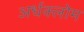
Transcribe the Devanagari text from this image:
अर्धक्लोम